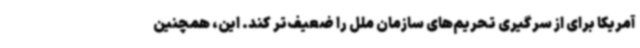
آمریکا برای از سرگیری تحریم‌های سازمان ملل را ضعیف‌تر کند. این، همچنین